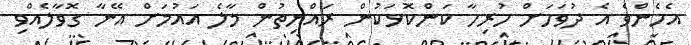
އެހެންވެ އެ ދުވަހަށް ހުރިހާ ކަންކޮޅަކުން ރައްޔިތުން މާލެ އައުމަށް އޭނާ ގޮވާލެއްވި